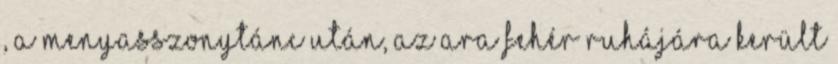
, a menyasszonytánc után, az ara fehér ruhájára került